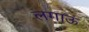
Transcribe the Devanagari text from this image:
लगाऊं